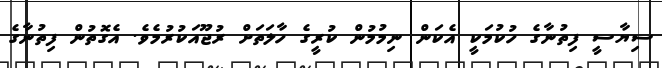
ސިޔާސީ ފިތުނާގެ ހުކުމަކީ އެކަން ނިމުމުން ކުރީގެ ހާލަތަށް ރުޖޫއަކުރުމެވެ. އެގޮތުން ފިތުނާގެ